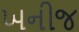
ખનીજ